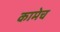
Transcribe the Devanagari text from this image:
कामेच